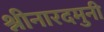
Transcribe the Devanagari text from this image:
श्नीनारदमुनी